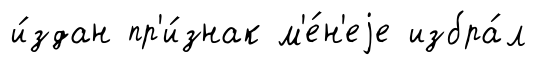
и́здан пр'и́знак м'е́н'еjе избра́л